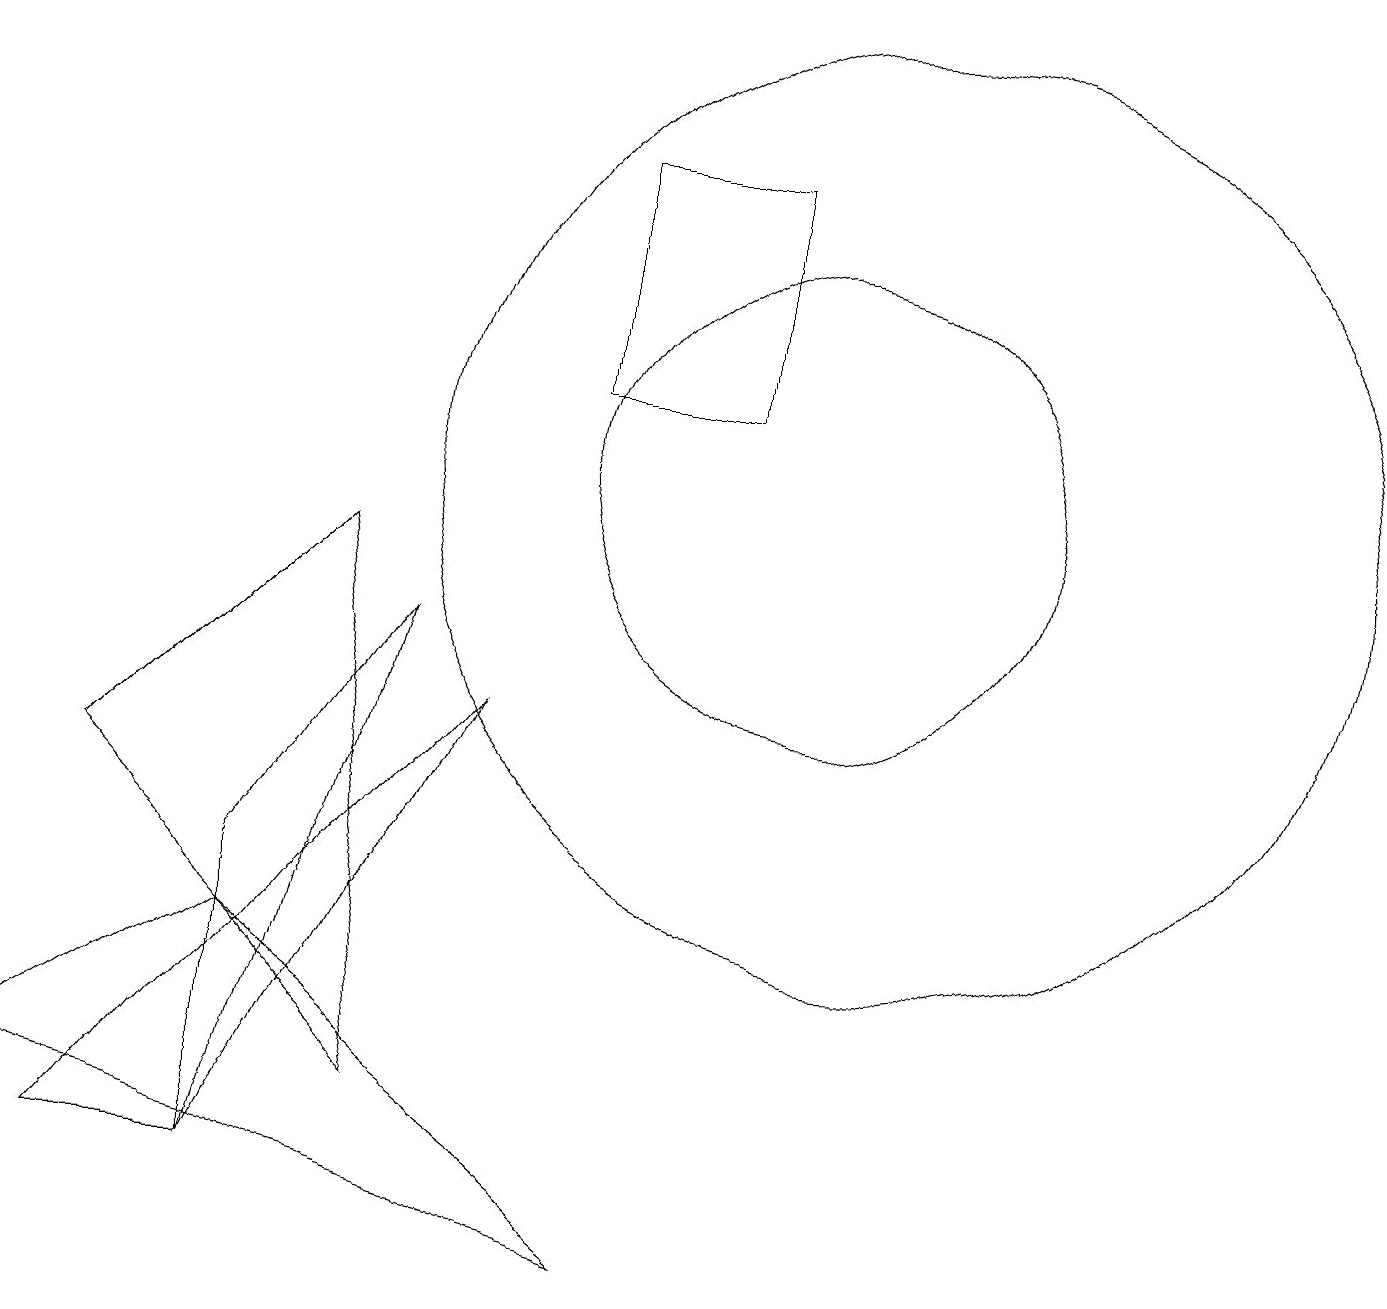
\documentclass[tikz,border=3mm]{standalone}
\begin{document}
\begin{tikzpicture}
\draw (10,10) circle (3);
\draw (1,6) -- (5,2) -- (4,9) -- cycle;
\draw (3,1) -- (1,1) -- (6,7) -- cycle;
\draw (11,10) circle (6);
\draw (9,14) rectangle (7,11);
\draw (3,4) -- (0,2) -- (8,0) -- cycle;
\draw (5,8) -- (3,5) -- (3,1) -- cycle;
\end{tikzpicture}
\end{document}